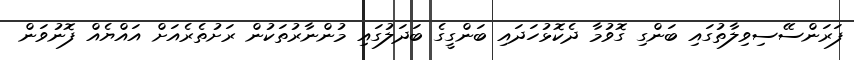
ފަރަންސޭސިވިލާތުގައި ބަންގި ގޮވުމާ ދެކޮޅުހަދައި ބަންގީގެ ބަދަލުގައި މުންނާރުތަކުން ރަށުތެރެއަށް އައްޔެއް ފޮނުވަން